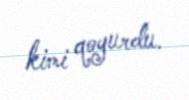
kimi qoyurdu.